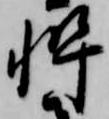
忰